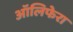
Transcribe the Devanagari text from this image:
ऑलिफेरा